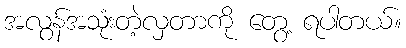
အလွန်အသုံးတဲ့လှတာကို တွေ့ ရပါတယ်။